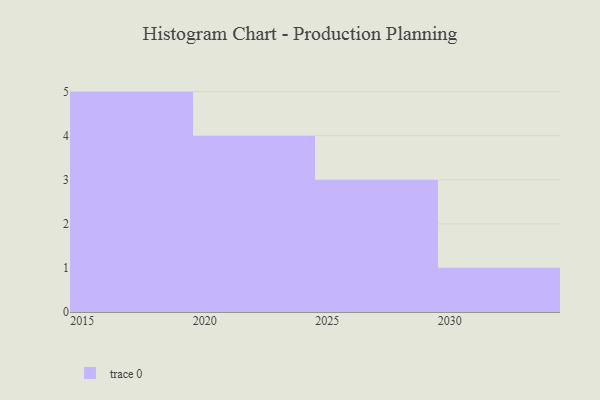
{"axis": {"x": "Year", "y": "Operating Costs (USD K)"}, "legend": [""], "data": [{"x": "2022", "y": 95, "type": ""}, {"x": "2015", "y": 40, "type": ""}, {"x": "2030", "y": 57, "type": ""}, {"x": "2020", "y": 75, "type": ""}, {"x": "2017", "y": 100, "type": ""}, {"x": "2028", "y": 88, "type": ""}, {"x": "2018", "y": 38, "type": ""}, {"x": "2019", "y": 92, "type": ""}, {"x": "2025", "y": 58, "type": ""}, {"x": "2021", "y": 5, "type": ""}, {"x": "2016", "y": 51, "type": ""}, {"x": "2029", "y": 56, "type": ""}, {"x": "2023", "y": 4, "type": ""}]}